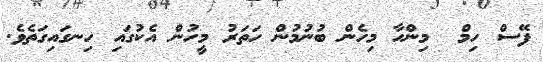
ފޭސް ހިމް  މިންހާ މިހެން ބުނުމުން ހަތަރު މީހުން އެކުގައި ހިނގައިގަތެވެ.